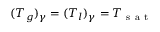
( T _ { g } ) _ { \gamma } = ( T _ { l } ) _ { \gamma } = T _ { \mathrm { ~ s ~ a ~ t ~ } }